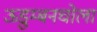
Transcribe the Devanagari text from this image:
ऊडुम्बनचोला